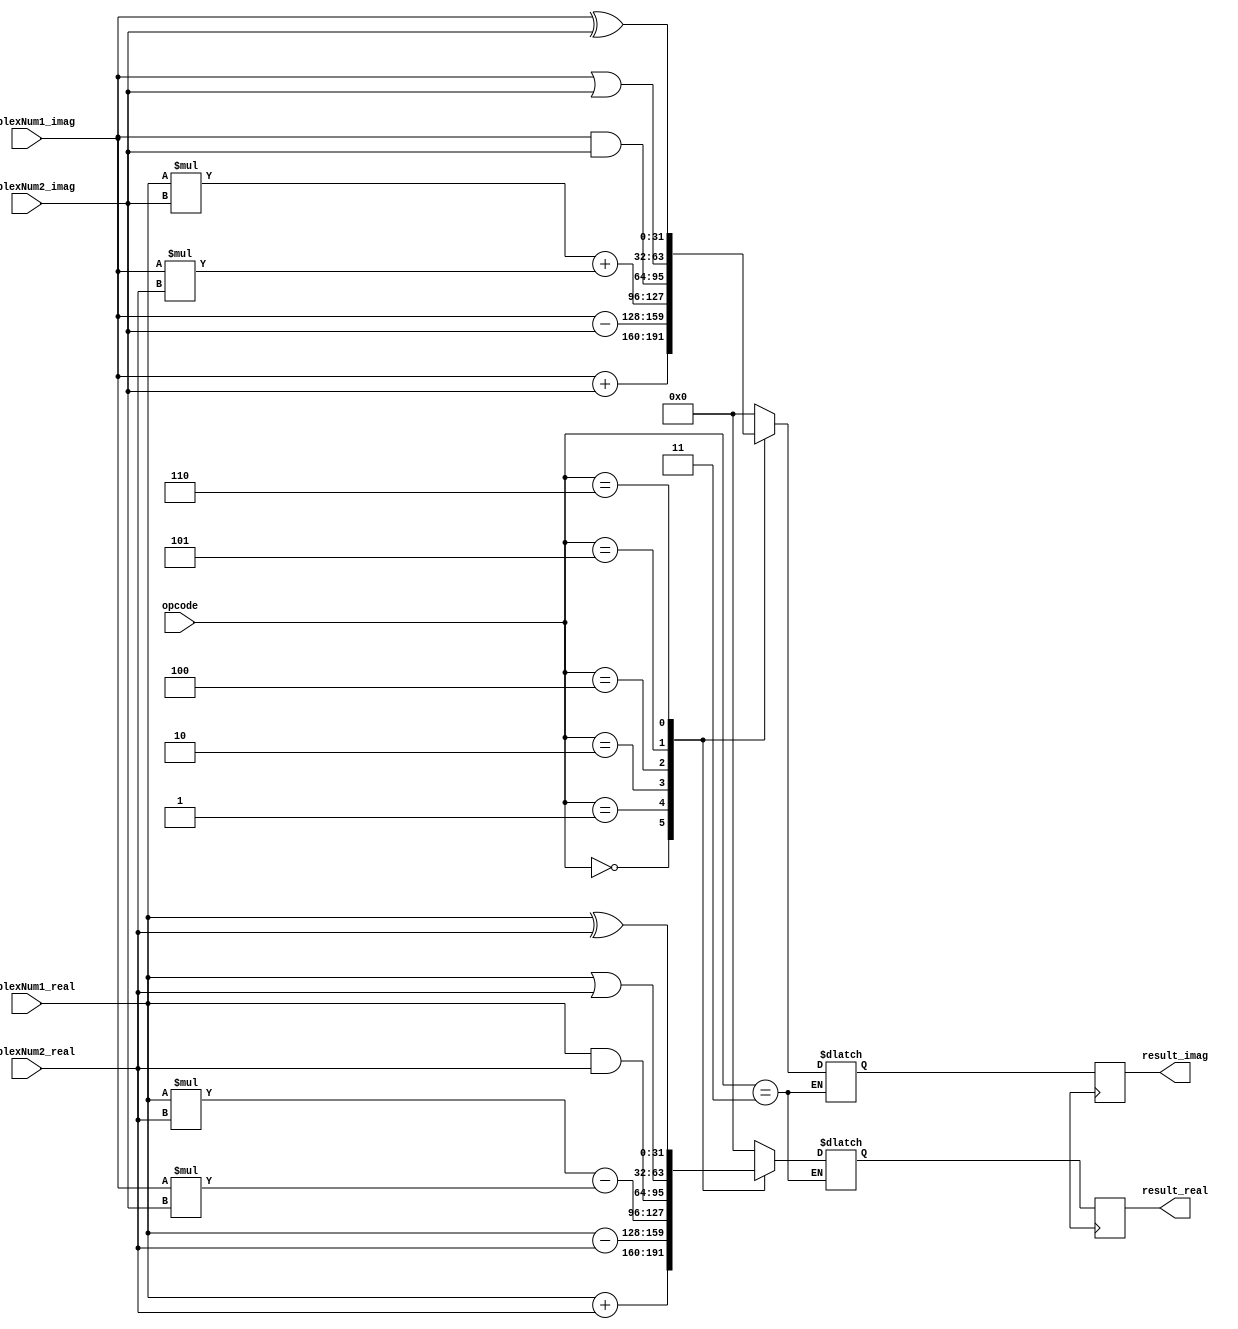
module ComplexALU (
    input wire [31:0] complexNum1_real,
    input wire [31:0] complexNum1_imag,
    input wire [31:0] complexNum2_real,
    input wire [31:0] complexNum2_imag,
    input wire [2:0] opcode,
    output reg [31:0] result_real,
    output reg [31:0] result_imag
);

reg [63:0] temp_real;
reg [63:0] temp_imag;

always @(*) begin
    case(opcode)
        3'b000: begin // Addition
            temp_real = complexNum1_real + complexNum2_real;
            temp_imag = complexNum1_imag + complexNum2_imag;
        end
        3'b001: begin // Subtraction
            temp_real = complexNum1_real - complexNum2_real;
            temp_imag = complexNum1_imag - complexNum2_imag;
        end
        3'b010: begin // Multiplication
            temp_real = (complexNum1_real * complexNum2_real) - (complexNum1_imag * complexNum2_imag);
            temp_imag = (complexNum1_real * complexNum2_imag) + (complexNum1_imag * complexNum2_real);
        end
        3'b011: begin // Division
            // Division calculation implementation
        end
        3'b100: begin // Logical AND
            temp_real = complexNum1_real & complexNum2_real;
            temp_imag = complexNum1_imag & complexNum2_imag;
        end
        3'b101: begin // Logical OR
            temp_real = complexNum1_real | complexNum2_real;
            temp_imag = complexNum1_imag | complexNum2_imag;
        end
        3'b110: begin // Logical XOR
            temp_real = complexNum1_real ^ complexNum2_real;
            temp_imag = complexNum1_imag ^ complexNum2_imag;
        end
        default: begin
            temp_real = 0;
            temp_imag = 0;
        end
    endcase
end

always @(posedge clk) begin
    result_real <= temp_real[31:0];
    result_imag <= temp_imag[31:0];
end

endmodule